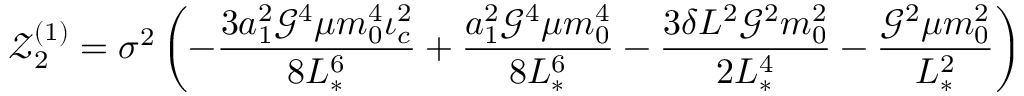
\mathscr { Z } _ { 2 } ^ { ( 1 ) } = \sigma ^ { 2 } \left( - \frac { 3 a _ { 1 } ^ { 2 } \mathcal { G } ^ { 4 } \mu m _ { 0 } ^ { 4 } \iota _ { c } ^ { 2 } } { 8 L _ { * } ^ { 6 } } + \frac { a _ { 1 } ^ { 2 } \mathcal { G } ^ { 4 } \mu m _ { 0 } ^ { 4 } } { 8 L _ { * } ^ { 6 } } - \frac { 3 \delta L ^ { 2 } \mathcal { G } ^ { 2 } m _ { 0 } ^ { 2 } } { 2 L _ { * } ^ { 4 } } - \frac { \mathcal { G } ^ { 2 } \mu m _ { 0 } ^ { 2 } } { L _ { * } ^ { 2 } } \right)